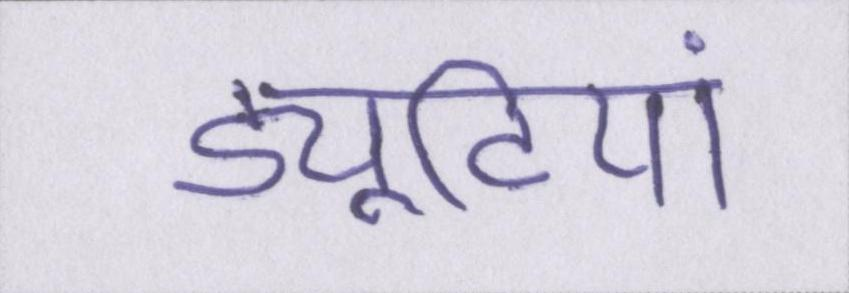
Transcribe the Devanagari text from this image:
ड्यूटियां